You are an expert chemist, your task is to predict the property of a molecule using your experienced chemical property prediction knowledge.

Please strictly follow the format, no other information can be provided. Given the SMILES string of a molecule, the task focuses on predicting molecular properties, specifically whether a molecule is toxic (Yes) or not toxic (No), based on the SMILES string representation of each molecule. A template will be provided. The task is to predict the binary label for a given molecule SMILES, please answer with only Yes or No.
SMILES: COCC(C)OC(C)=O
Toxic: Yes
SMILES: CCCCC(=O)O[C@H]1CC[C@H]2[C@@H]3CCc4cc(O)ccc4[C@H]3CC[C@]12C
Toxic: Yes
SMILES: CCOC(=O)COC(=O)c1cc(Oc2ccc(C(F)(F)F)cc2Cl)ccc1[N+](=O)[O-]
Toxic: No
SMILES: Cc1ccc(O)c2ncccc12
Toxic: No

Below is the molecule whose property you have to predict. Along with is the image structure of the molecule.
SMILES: O[C@H]1[C@H](O)[C@@H](O)[C@H](O)[C@@H](O)[C@H]1O
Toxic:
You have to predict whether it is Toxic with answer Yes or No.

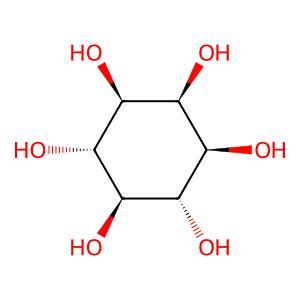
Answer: No